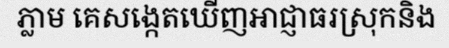
ភ្លាម គេសង្កេតឃើញអាជ្ញាធរស្រុកនិង